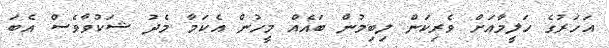
އަހަރުގެ ހަލީމާއަށް ވެރިކަން ލިބިމުން ބައެއް މީހުން އެކަމާ މެދު ޝަކުވާވެސް އެބަ